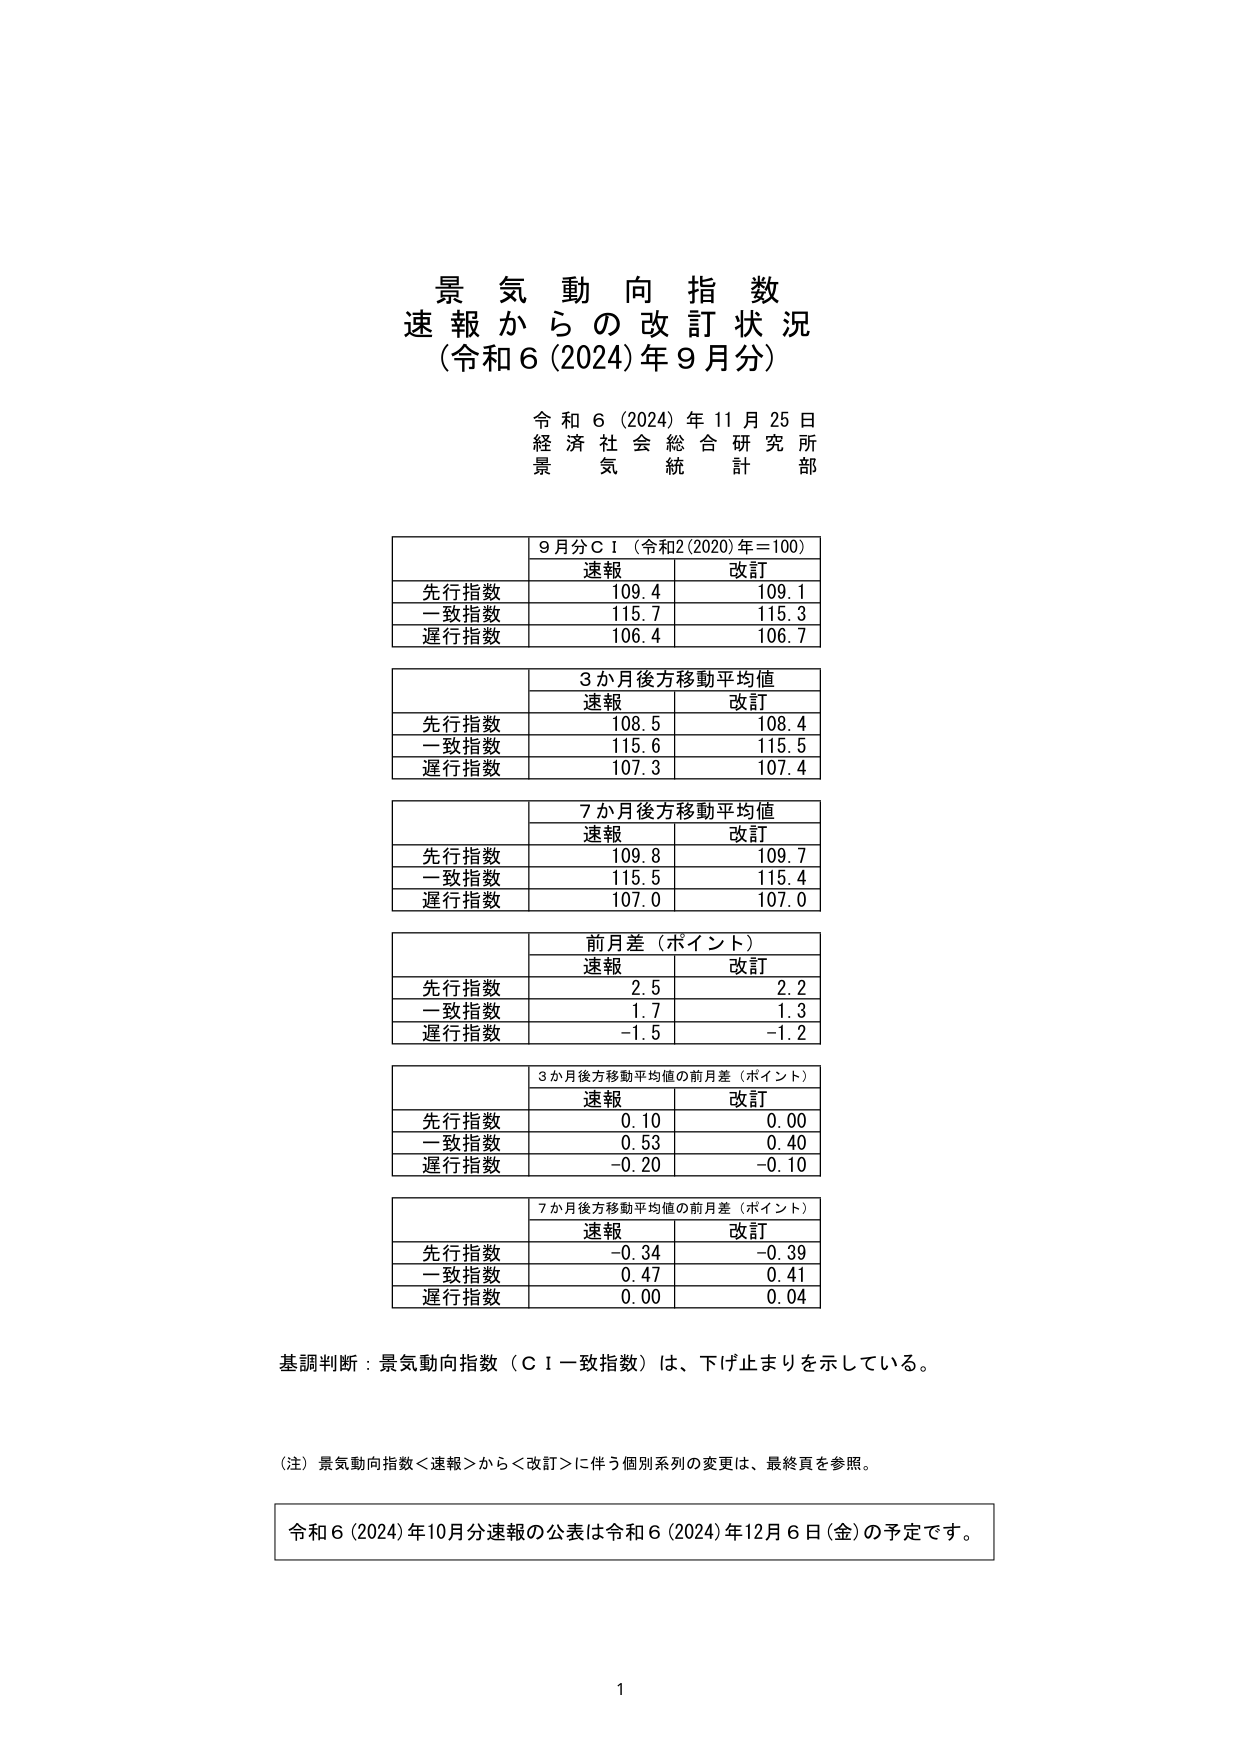
景気動向指数
速報からの改訂状況
（令和6（2024）年9月分）

令和6（2024）年11月25日
経済社会総合研究所
景気統計部

9月分ＣＩ（令和2（2020）年＝100）
　　速報　　改訂
先行指数　　109.4　　109.1
一致指数　　115.7　　115.3
遅行指数　　106.4　　106.7

3か月後方移動平均値
　　速報　　改訂
先行指数　　108.5　　108.4
一致指数　　115.6　　115.5
遅行指数　　107.3　　107.4

7か月後方移動平均値
　　速報　　改訂
先行指数　　109.8　　109.7
一致指数　　115.5　　115.4
遅行指数　　107.0　　107.0

前月差（ポイント）
　　速報　　改訂
先行指数　　2.5　　2.2
一致指数　　1.7　　1.3
遅行指数　　-1.5　　-1.2

3か月後方移動平均値の前月差（ポイント）
　　速報　　改訂
先行指数　　0.10　　0.00
一致指数　　0.53　　0.40
遅行指数　　-0.20　　-0.10

7か月後方移動平均値の前月差（ポイント）
　　速報　　改訂
先行指数　　-0.34　　-0.39
一致指数　　0.47　　0.41
遅行指数　　0.00　　0.04

基調判断：景気動向指数（ＣＩ一致指数）は、下げ止まりを示している。

（注）景気動向指数＜速報＞から＜改訂＞に伴う個別系列の変更は、最終頁を参照。

令和6（2024）年10月分速報の公表は令和6（2024）年12月6日（金）の予定です。

1